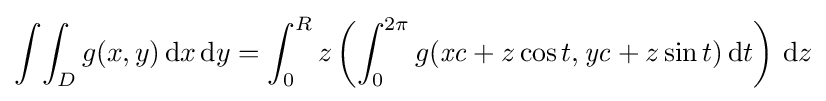
\int \!\int _{D}g(x,y)\,\mathrm {d} x\,\mathrm {d} y=\int _{0}^{R}z\left(\int _{0}^{2\pi }g({\mathit {xc}}+z\cos t,{\mathit {yc}}+z\sin t)\,\mathrm {d} t\right)\,\mathrm {d} z